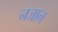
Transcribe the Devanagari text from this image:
नजान